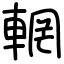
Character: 輞